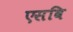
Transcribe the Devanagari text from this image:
एसवि